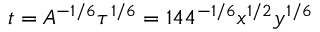
t = A ^ { - 1 / 6 } \tau ^ { 1 / 6 } = 1 4 4 ^ { - 1 / 6 } x ^ { 1 / 2 } y ^ { 1 / 6 }